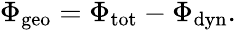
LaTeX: \begin{array}{r}{\Phi_{\mathrm{geo}}=\Phi_{\mathrm{tot}}-\Phi_{\mathrm{dyn}}.}\end{array}